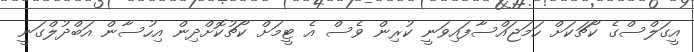
އީގަލްސްގެ ކޯޗަކަށް ހަމަޖައްސާފައިވަނީ ކުރިން ވެސް އެ ޓީމަށް ކޯޗުކޮށްދިން އިހުސާން އަބްދުލްގަނީ